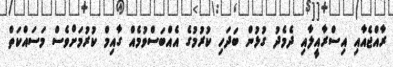
ރާއްޖެއާއި އިސްރާއީލާއި ދެމެދު ގުޅުން ބަދަހި ކުރުމުގެ އެއްބަސްވުމެއް ގާއިމް ކުރުމަށްވެސް މަސައްކަތް